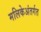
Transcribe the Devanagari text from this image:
मलिकेअंतर्गत